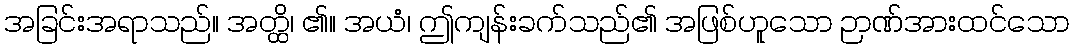
အခြင်းအရာသည်။ အတ္ထိ၊ ၏။ အယံ၊ ဤကျန်းခက်သည်၏ အဖြစ်ဟူသော ဉာဏ်အားထင်သော